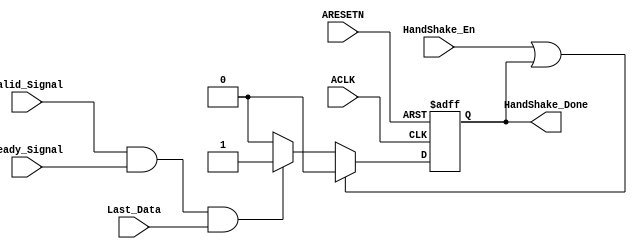
module WD_HandShake  (
    input  wire  ACLK,
    input  wire  ARESETN,
    input  wire  Valid_Signal,
    input  wire  Ready_Signal,
    input  wire  Last_Data   ,
    input  wire  HandShake_En,
    output reg   HandShake_Done  
);
    always @(posedge ACLK or negedge  ARESETN) begin
    if (!ARESETN) begin
        HandShake_Done<='b0;
    end else if(HandShake_En || HandShake_Done) begin
        HandShake_Done<='b0;
    end else if(Valid_Signal && Ready_Signal && Last_Data) begin
        HandShake_Done<='b1;
    end else begin
        HandShake_Done<='b0;
    end
end
endmodule